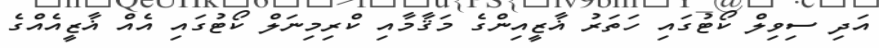
އަދި ސިވިލް ކޯޓުގައި ހަތަރު ޣާޒީއިންގެ މަޤާމާއި ކްރިމިނަލް ކޯޓުގައި އެއް ޣާޒީއެއްގެ